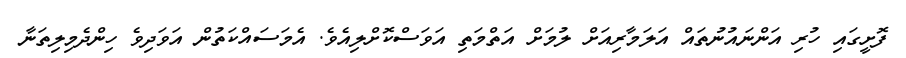
ފޮށީގައި ހުރި އަންނައުނުތައް އަލަމާރިއަށް ލުމަށް އަތްމަތި އަވަސްކޮށްލިއެވެ. އެމަސައްކަތުން އަވަދިވެ ހިންދެމިލިތަނާ